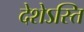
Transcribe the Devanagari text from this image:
देशेऽस्ति